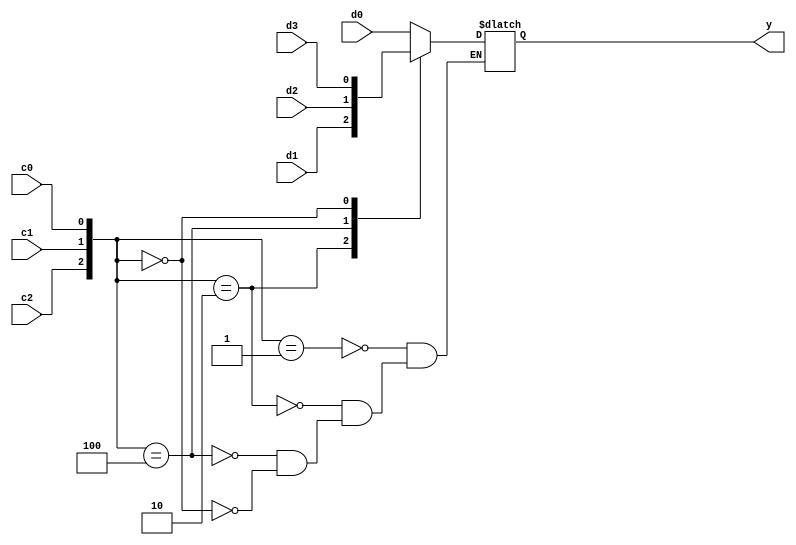
  module mux_case
(
	input		d3,d2,d1,d0, 	// data	
	input		c2,c1,c0,	// control
	output	reg y
);
 
	always @*
	casex ({c2, c1, c0})
		3'b001: y = d0;
		3'b010: y = d1;
		3'b100: y = d2;
		3'b000: y = d3;
	endcase
 
endmodule